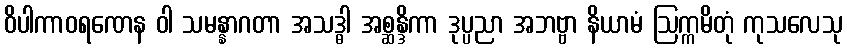
ဝိပါကာဝရဏေန ဝါ သမန္နာဂတာ အသဒ္ဓါ အစ္ဆန္ဒိကာ ဒုပ္ပညာ အဘဗ္ဗာ နိယာမံ ဩက္ကမိတုံ ကုသလေသု